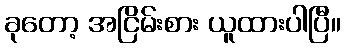
ခုတော့ အငြိမ်းစား ယူထားပါပြီ။